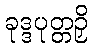
ခုဒ္ဒပုတ္တဉှိ